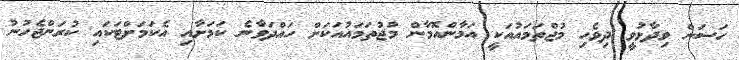
ހަސަން ވިދާޅުވީ ދިވެހި މުޖްތަމައުއަކީ އަމާންއޮމާން މުޖުތަމައުއަކަށް ހައްދަވާނެ ކަމަށާއި އެކަމަށްޓަކައި ކުރަންޖެހުނު